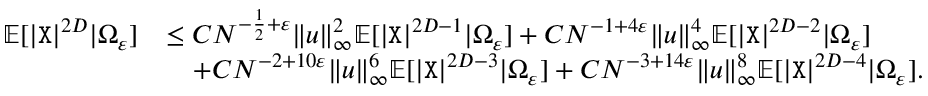
\begin{array} { r l } { \mathbb { E } [ | { \texttt X } | ^ { 2 D } | \Omega _ { \varepsilon } ] } & { \leq C N ^ { - \frac { 1 } { 2 } + \varepsilon } \| { \boldsymbol u } \| _ { \infty } ^ { 2 } \mathbb { E } [ | { \texttt X } | ^ { 2 D - 1 } | \Omega _ { \varepsilon } ] + C N ^ { - 1 + 4 \varepsilon } \| { \boldsymbol u } \| _ { \infty } ^ { 4 } \mathbb { E } [ | { \texttt X } | ^ { 2 D - 2 } | \Omega _ { \varepsilon } ] } \\ & { \quad + C N ^ { - 2 + 1 0 \varepsilon } \| { \boldsymbol u } \| _ { \infty } ^ { 6 } \mathbb { E } [ | { \texttt X } | ^ { 2 D - 3 } | \Omega _ { \varepsilon } ] + C N ^ { - 3 + 1 4 \varepsilon } \| { \boldsymbol u } \| _ { \infty } ^ { 8 } \mathbb { E } [ | { \texttt X } | ^ { 2 D - 4 } | \Omega _ { \varepsilon } ] . } \end{array}